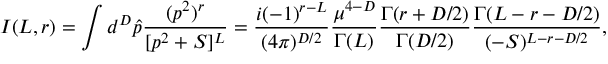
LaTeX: I ( L , r ) = \int d ^ { D } \hat { p } \frac { ( p ^ { 2 } ) ^ { r } } { [ p ^ { 2 } + S ] ^ { L } } = \frac { i ( - 1 ) ^ { r - L } } { ( 4 \pi ) ^ { D / 2 } } \frac { \mu ^ { 4 - D } } { \Gamma ( L ) } \frac { \Gamma ( r + D / 2 ) } { \Gamma ( D / 2 ) } \frac { \Gamma ( L - r - D / 2 ) } { ( - S ) ^ { L - r - D / 2 } } ,